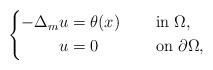
LaTeX: \begin{align*}\left\{\begin{aligned}-\Delta_{m}u&= \theta(x) &&\quad\mbox{ in }\Omega,\\u&= 0 &&\quad\mbox{ on }\partial{\Omega},\end{aligned}\right.\end{align*}